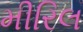
મીરિલ